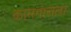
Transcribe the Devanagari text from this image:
कामगाराला